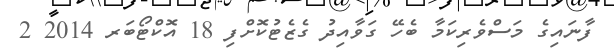
ފާނައިގެ މަސްވެރިކަމާ ބެހޭ ގަވާއިދު ގެޒެޓުކޮށްފި 18 އޮކްޓޯބަރ 2014 2